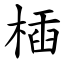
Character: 㮑